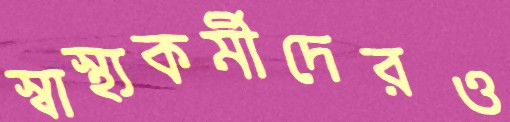
স্বাস্থ্যকর্মীদেরও